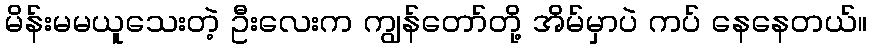
မိန်းမမယူသေးတဲ့ ဦးလေးက ကျွန်တော်တို့ အိမ်မှာပဲ ကပ် နေနေတယ်။